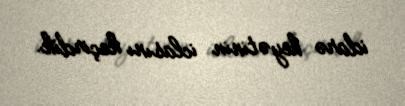
idarə heyətinin iclasını keçirdik.